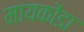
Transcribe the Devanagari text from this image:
मायकोंडा